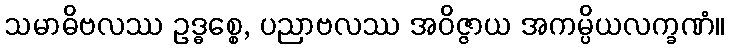
သမာဓိဗလဿ ဥဒ္ဓစ္စေ, ပညာဗလဿ အဝိဇ္ဇာယ အကမ္ပိယလက္ခဏံ။